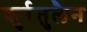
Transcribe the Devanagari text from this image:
कुर्रतुलैन